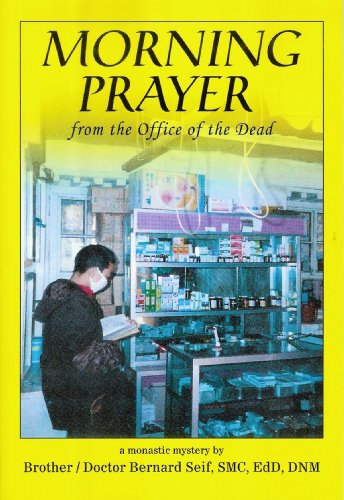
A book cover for MORNING PRAYER: from the Office of the Dead; Brother Bernard Seif; Religion & Spirituality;